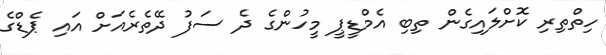
ހިތްތިރި ކޮށްލައިގެން ތިބި އެމްޑީޕީ މީހުންގެ ދެ ސަފު ދޭތެރެއަށް އައި ޕެޑްގެ